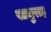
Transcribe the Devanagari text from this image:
सामुराइ